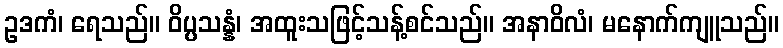
ဥဒကံ၊ ရေသည်။ ဝိပ္ပသန္နံ၊ အထူးသဖြင့်သန့်စင်သည်။ အနာဝိလံ၊ မနောက်ကျူသည်။